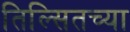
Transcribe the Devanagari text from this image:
तिल्सितच्या